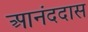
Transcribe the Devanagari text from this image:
आनंददास